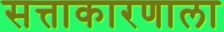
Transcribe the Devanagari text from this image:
सत्ताकारणाला